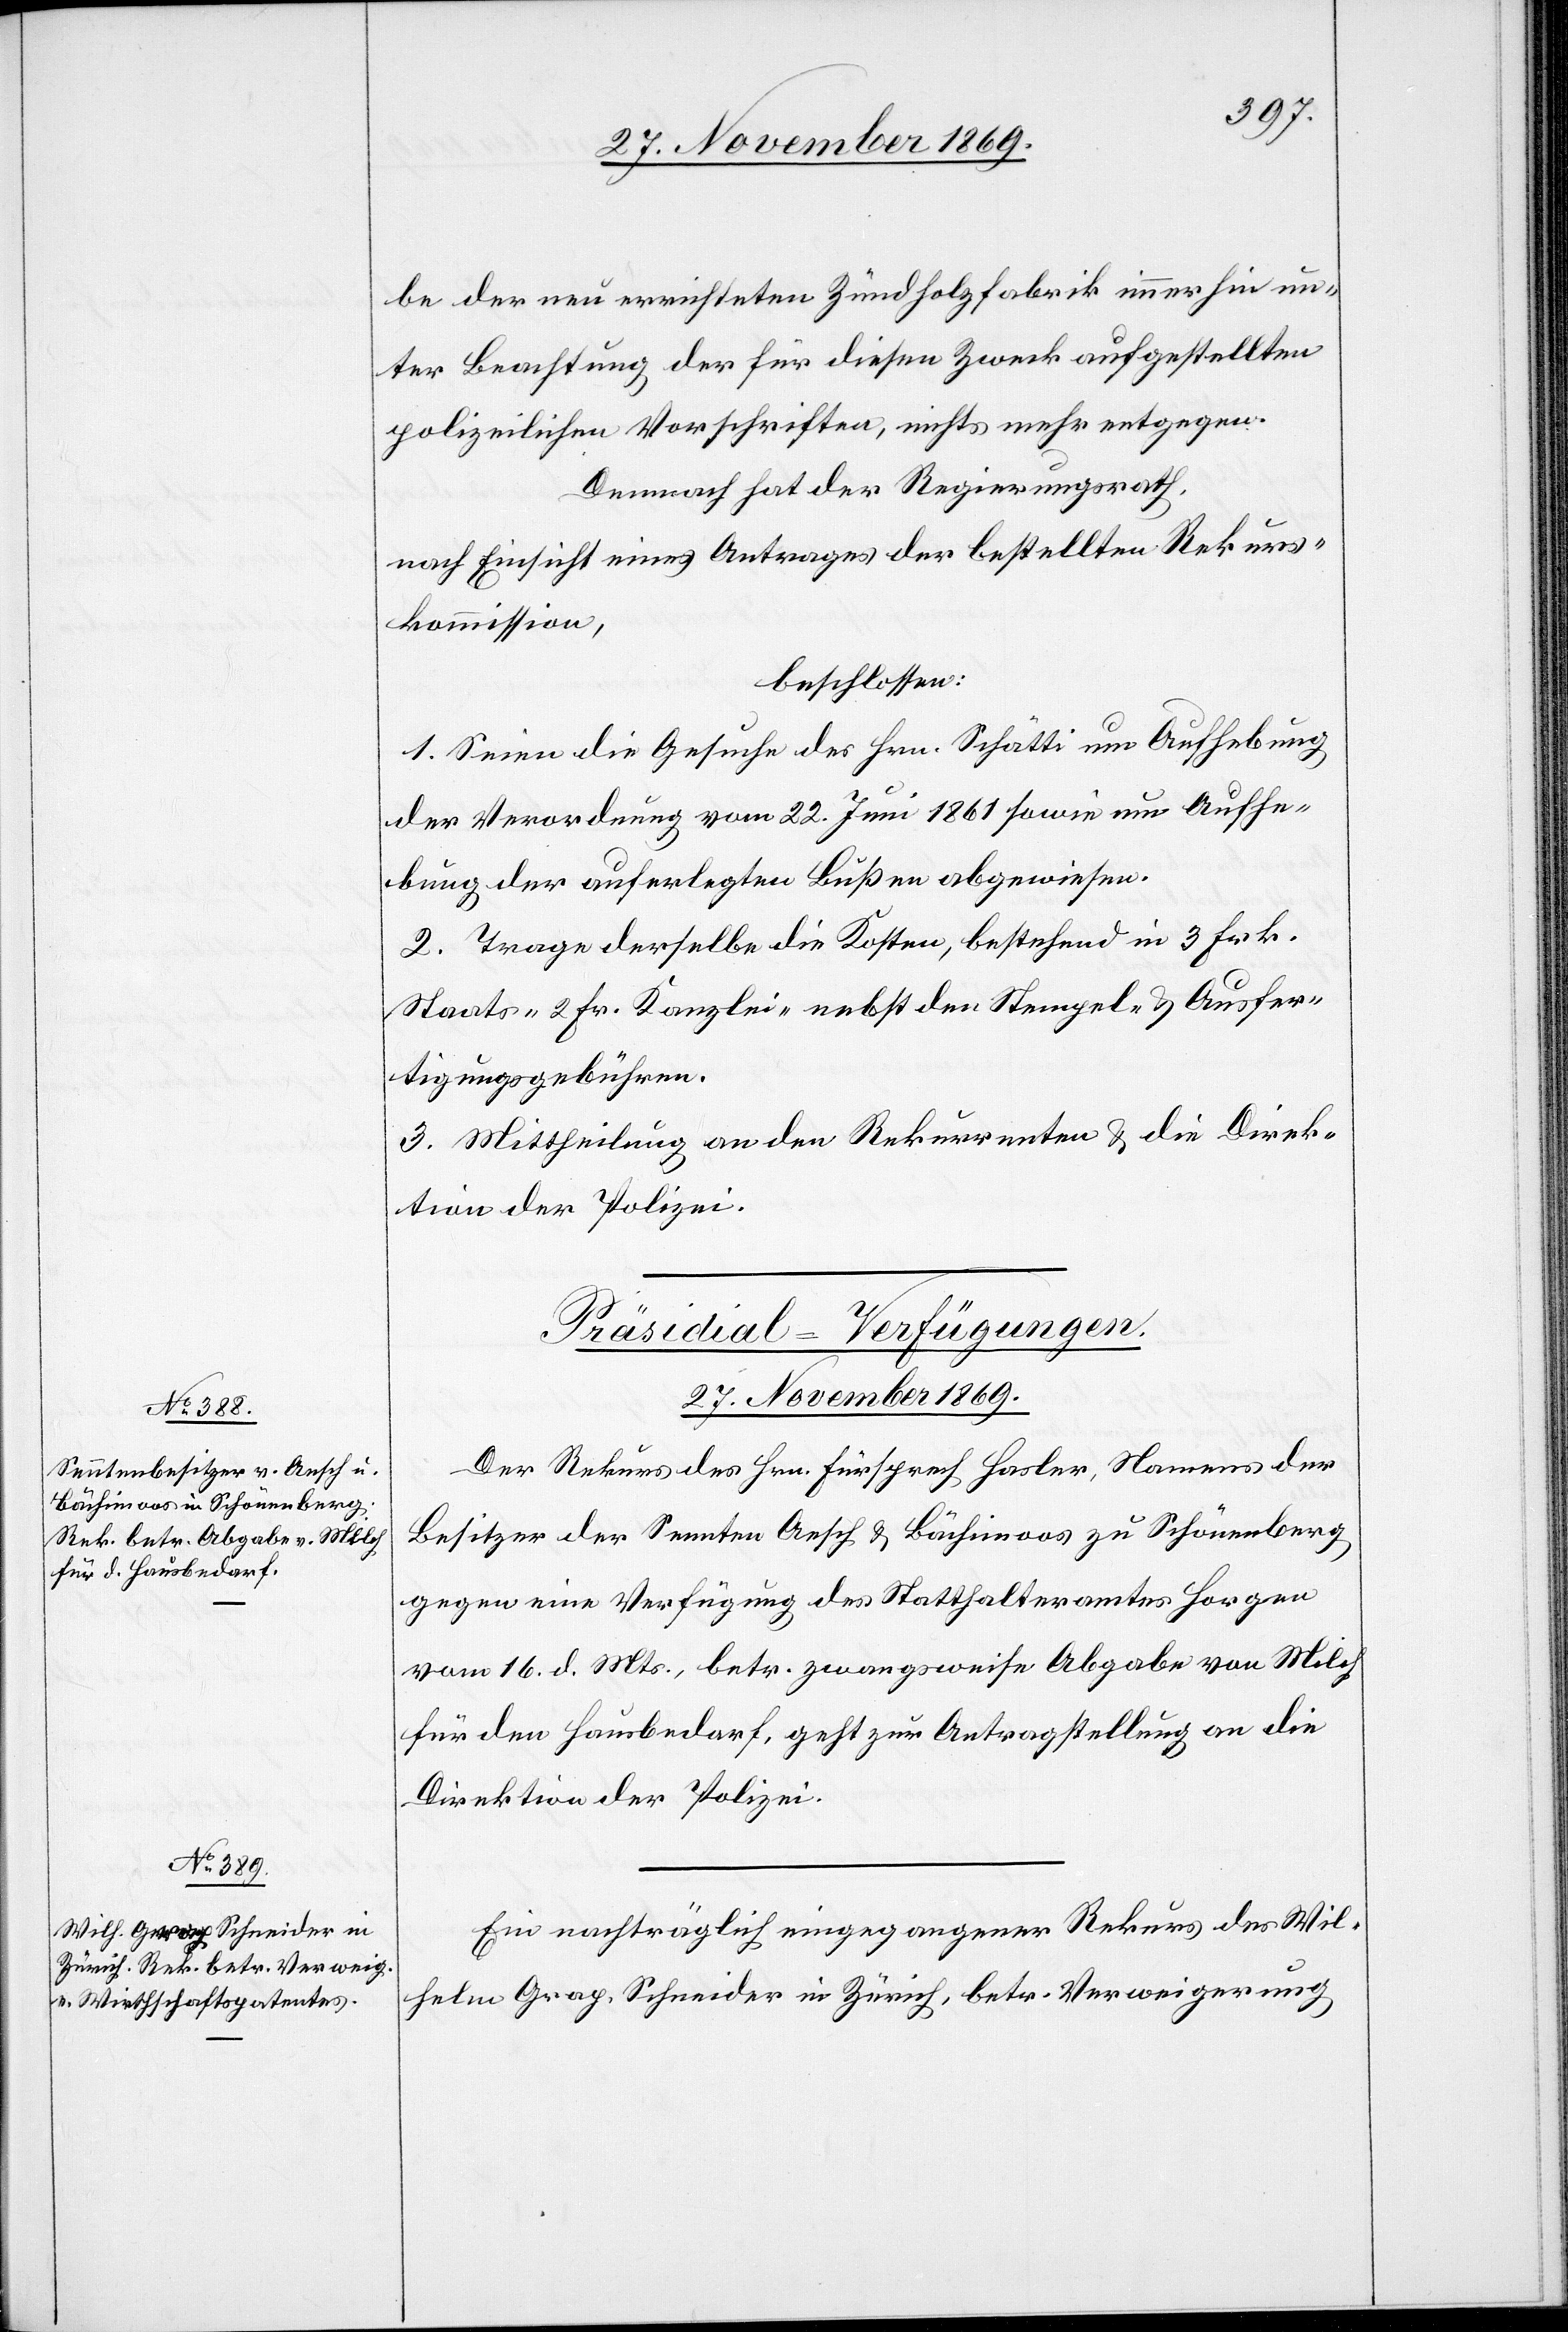
be der neu errichteten Zündholzfabrik immerhin un¬
ter Beachtung der für diesen Zweck aufgestellten
polizeilichen Vorschriften, nichts mehr entgegen.
Demnach hat der Regierungsrath,
nach Einsicht eines Antrages der bestellten Rekurs¬
kommission,
beschlossen:
1. Seien die Gesuche des Hrn. Schätti um Aufhebung
der Verordnung vom 22. Juni 1861 sowie um Aufhe¬
bung der auferlegten Bußen abgewiesen.
2. Trage derselbe die Kosten, bestehend in 3 Frk.
Staats-[,] 2 Fr. Kanzlei-[,] nebst den Stempel- & Ausfer¬
tigungsgebühren.
3. Mittheilung an den Rekurrenten & die Direk¬
tion der Polizei.
[Präsidial-Verfügungen.
27. November 1869.]
Der Rekurs des Hrn. Fürsprech Hasler, Namens der
Besitzer der Sennten Aesch & Bächimoos zu Schönenberg
gegen eine Verfügung des Statthalteramtes Horgen
vom 16. d. Mts., betr. zwangsweise Abgabe von Milch
für den Hausbedarf, geht zur Antragstellung an die
Direktion der Polizei.
Ein nachträglich eingegangener Rekurs des Wil¬
helm Grap. Schneider in Zürich, betr. Verweigerung